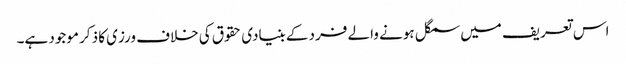
اس تعریف میں سمگل ہونے والے فرد کے بنیادی حقوق کی خلاف ورزی کا ذکر موجود ہے۔